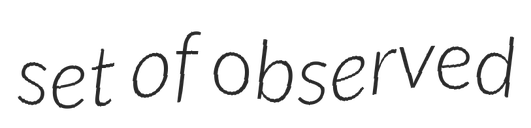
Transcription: set of observed